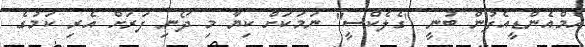
އެމްއެންޑީއެފުން ބުނީ "ގެލެކްސީ" ނަމަކަށް ކިޔާ މި ދޯނި ފަރަށް އެރި ކަމުގެ